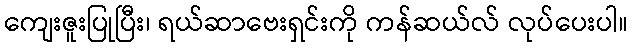
ကျေးဇူးပြုပြီး၊ ရယ်ဆာဗေးရှင်းကို ကန်ဆယ်လ် လုပ်ပေးပါ။